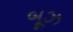
બૂઝ